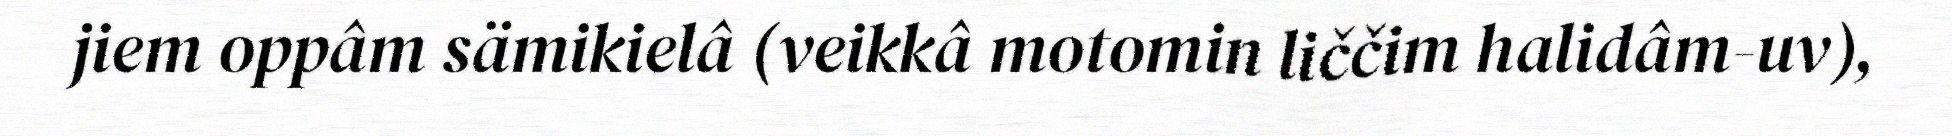
jiem oppâm sämikielâ (veikkâ motomin liččim halidâm-uv),